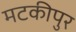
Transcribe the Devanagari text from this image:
मटकीपुर